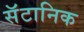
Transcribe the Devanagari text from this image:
सॅटानिक